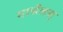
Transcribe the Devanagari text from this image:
मार्सेलस्